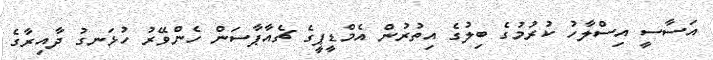
އަސާސީ އިސްލާހު ކުރުމުގެ ބިލުގެ އިތުރުން އެމްޑީޕީގެ ޗެއާޕާސަން ހެންވޭރު ހުޅަނގު ދާއިރާގެ